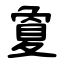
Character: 夐